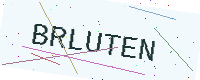
Text: BRLUTEN